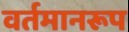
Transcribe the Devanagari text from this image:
वर्तमानरूप